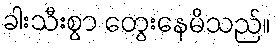
ခါးသီးစွာ တွေးနေမိသည်။